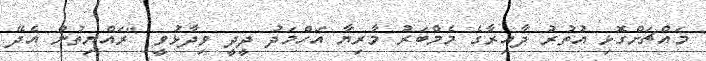
މައްޗަށްގޮޅި އުތުރު ދާއިރާގެ މެމްބަރު މާރިޔާ އަހްމަދު ދީދީ ވިދާޅުވީ "ރައްޔިތުން އެދޭ